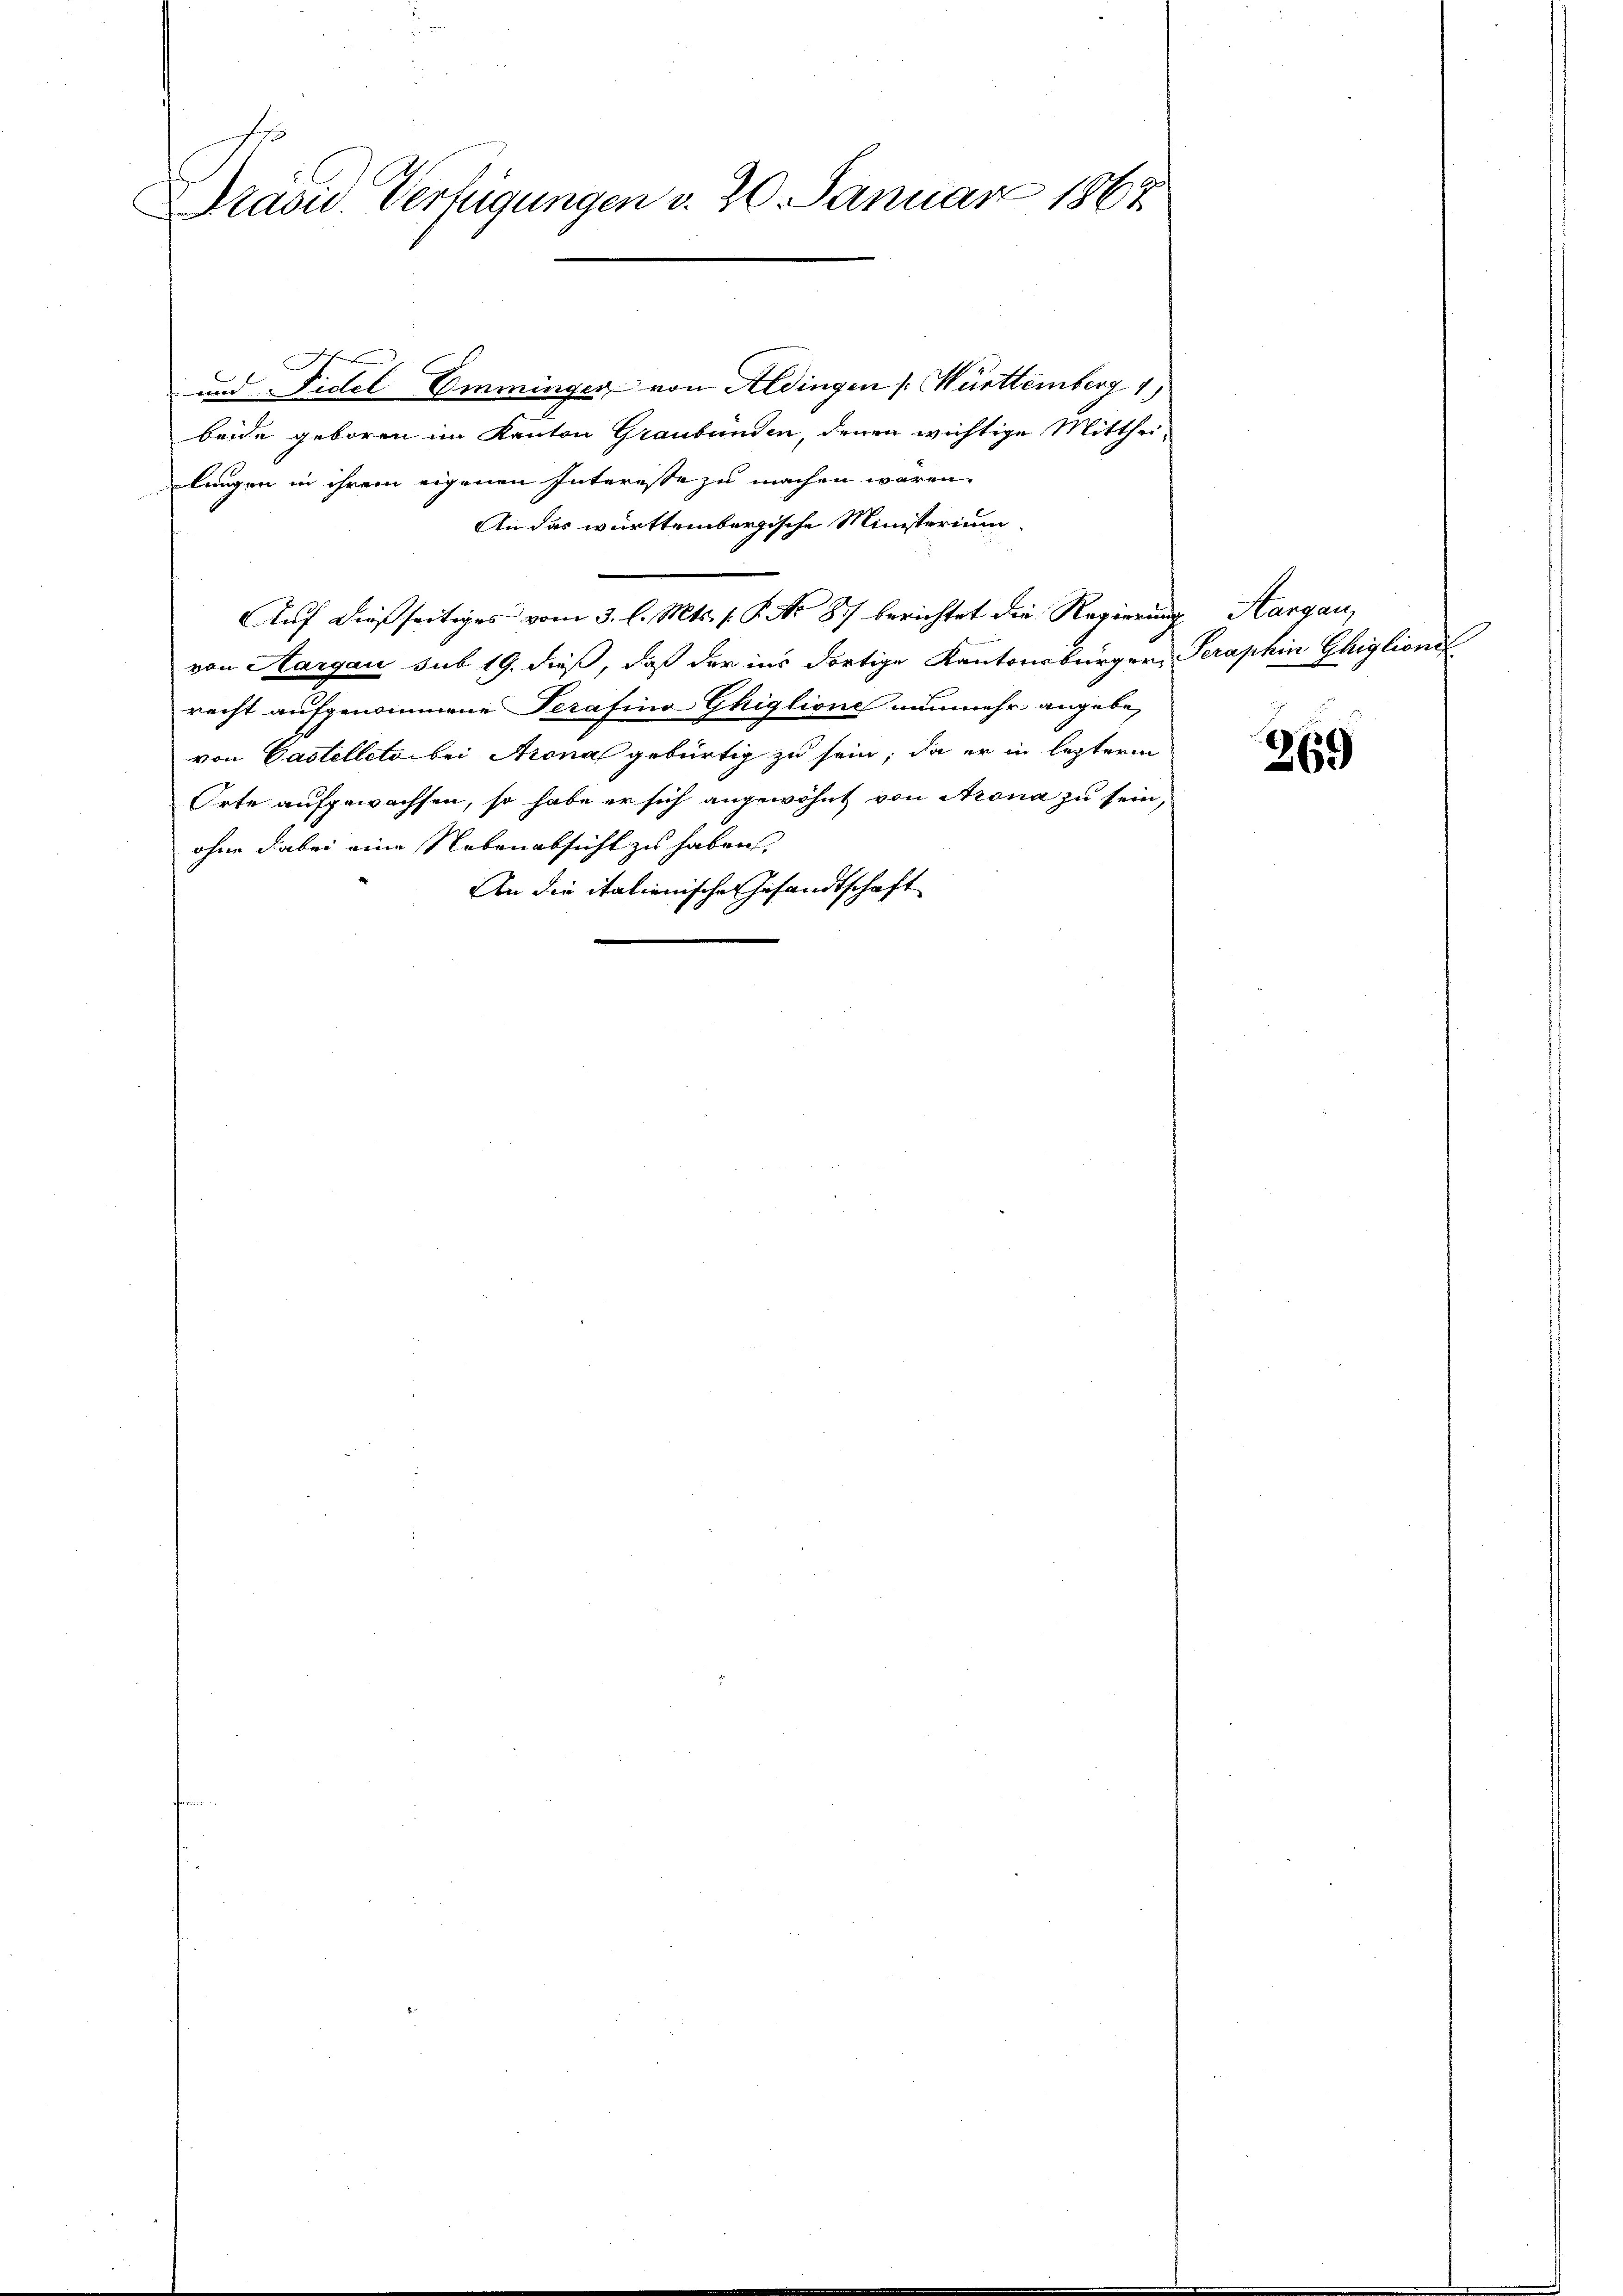
Präsid. Verfügungen v. 20. Januar 1867

und Fidel Emminger von Aldingen ( Württemberg 1
beide geboren im Kanton Graubünden, denen wichtige Mittheilungen in ihrem eigenen Interesse zu machen wären.
An das württembergische Ministerium
Auf dießseitiges vom 3. l. Mts. s. S. No 87 berichtet die Regierung Aargau,
von Aargau sub 19. dieß, daß der ins dortige Kantonsbürger, Seraphen Ghiglionsf
recht aufgenommene Terafino Ghiglione nunmehr angebe,
von Castellete bei Arona gebürtig zu sein, da er in letztere
Orte aufgewachsen, so habe er sich angewöhnt von Arona zu sein,
ohne dabei eine Nebenabsicht zu haben,
An die italienische Gesandtschaft

269